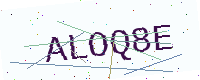
Text: ALOQ8E